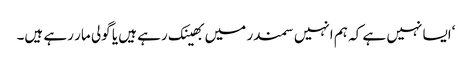
‘ایسا نہیں ہے کہ ہم انہیں سمندر میں بھینک رہے ہیں یا گولی مار رہے ہیں۔